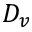
D _ { v }